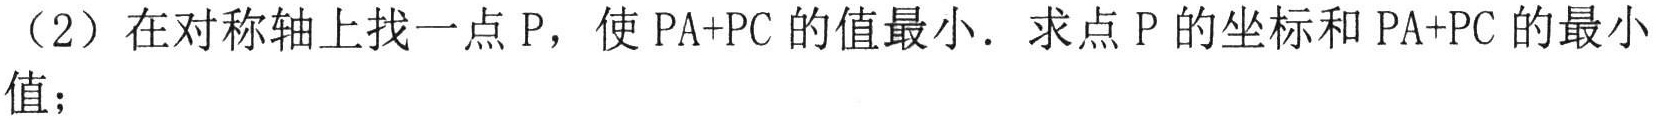
（2）在对称轴上找一点 \(P\)，使 \(PA + PC\) 的值最小．求点 \(P\) 的坐标和 \(PA + PC\) 的最小值；